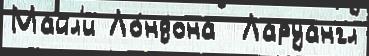
Майл'и Ло́ндона  Ларуангл